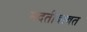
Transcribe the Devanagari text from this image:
मदतीबाबत